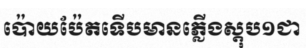
ប៉ោយប៉ែតទើបមានភ្លើងស្តុប១ជា